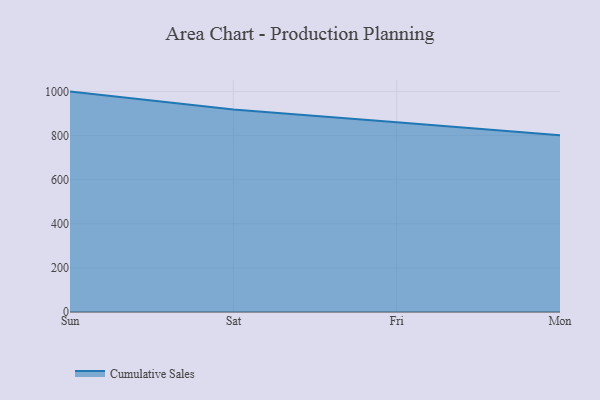
{"axis": {"x": "Day", "y": "Latency (ms)"}, "legend": ["Cumulative Sales"], "data": [{"x": "Sun", "y": 999.7, "type": "Cumulative Sales"}, {"x": "Sat", "y": 918.1, "type": "Cumulative Sales"}, {"x": "Fri", "y": 860.5, "type": "Cumulative Sales"}, {"x": "Mon", "y": 801.6, "type": "Cumulative Sales"}]}